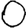
Digit: 0